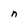
Character: n